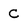
Character: c